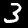
Label: 3